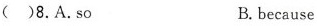
( )8.A.So B.because